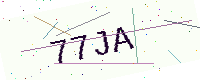
Text: 77JA